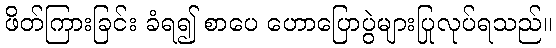
ဖိတ်ကြားခြင်း ခံရ၍ စာပေ ဟောပြောပွဲများပြုလုပ်ရသည်။